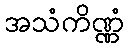
အသံကိဏ္ဏံ